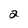
Character: 2